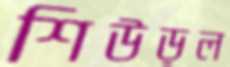
শিউড়ল